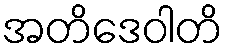
အတိဒေဝါတိ